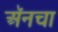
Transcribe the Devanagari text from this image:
अॅनचा